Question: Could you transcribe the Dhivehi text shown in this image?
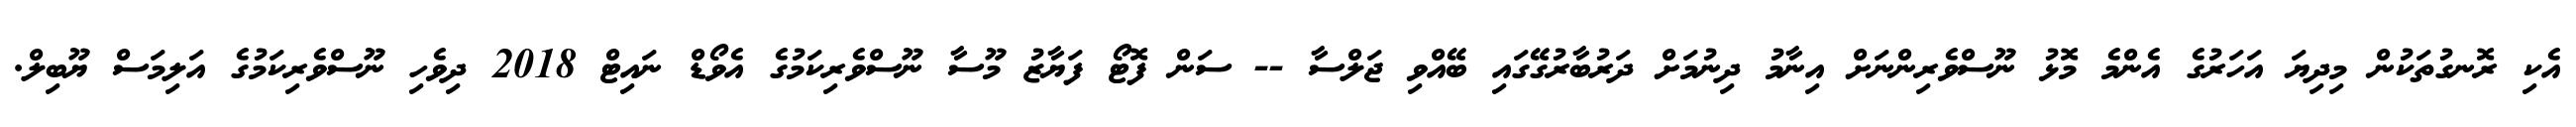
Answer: އެކި ރޮނގުތަކުން މިދިޔަ އަހަރުގެ އެންމެ މޮޅު ނޫސްވެރިންނަށް އިނާމު ދިނުމަށް ދަރުބާރުގޭގައި ބޭއްވި ޖަލްސާ -- ސަން ފޮޓޯ ފަޔާޒު މޫސާ ނޫސްވެރިކަމުގެ އެވޯޑް ނައިޓް 2018 ދިވެހި ނޫސްވެރިކަމުގެ އަލިމަސް ޔޫބިލް.